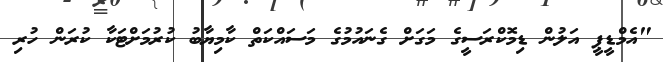
"އެމްޑީޕީ އަލުން ޑިމޮކްރަސީގެ މަގަށް ގެނައުމުގެ މަސައްކަތް ކާމިޔާބު ކުރުމަށްޓަކާ ކުރަން ހުރި